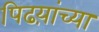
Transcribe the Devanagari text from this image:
पिढय़ांच्या